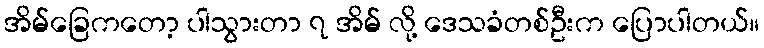
အိမ်ခြေကတော့ ပါသွားတာ ၇ အိမ် လို့ ဒေသခံတစ်ဦးက ပြောပါတယ်။